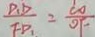
\frac { D _ { 1 } D } { F D _ { 1 } } = \frac { C O } { O F }